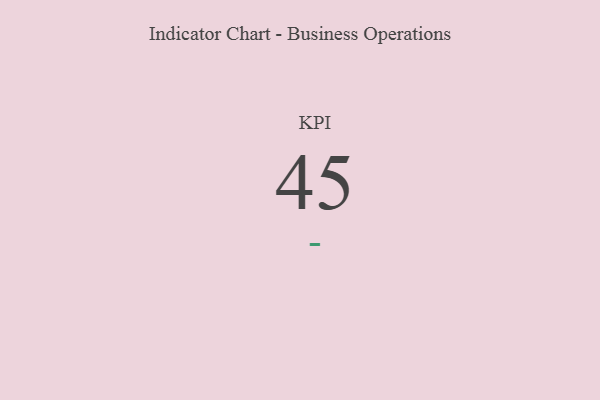
{"axis": {"x": "KPI", "y": "Value"}, "legend": [""], "data": [{"x": "KPI", "y": 45, "type": ""}]}